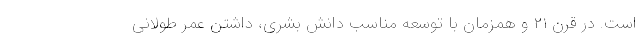
است. در قرن ۲۱ و همزمان با توسعه مناسب دانش بشری، داشتن عمر طولانی